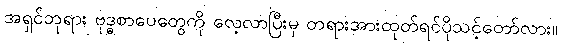
အရှင်ဘုရား ဗုဒ္ဓစာပေတွေကို လေ့လာပြီးမှ တရားအားထုတ်ရင်ပိုသင့်တော်လား။